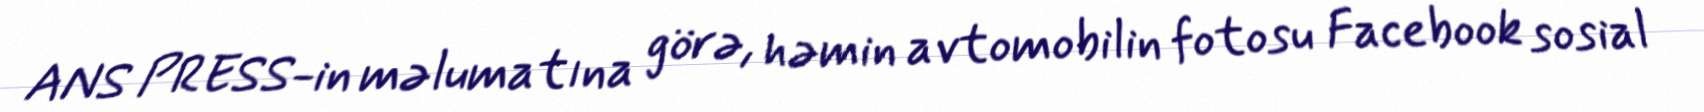
ANS PRESS-in məlumatına görə, həmin avtomobilin fotosu Facebook sosial